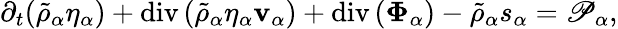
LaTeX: \begin{array}{r}{\partial_{t}(\tilde{\rho}_{\alpha}\eta_{\alpha})+\mathrm{div}\left(\tilde{\rho}_{\alpha}\eta_{\alpha}\mathbf{v}_{\alpha}\right)+\mathrm{div}\left(\boldsymbol{\Phi}_{\alpha}\right)-\tilde{\rho}_{\alpha}s_{\alpha}=\mathscr{P}_{\alpha},}\end{array}